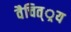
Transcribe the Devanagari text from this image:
वैचित््रय